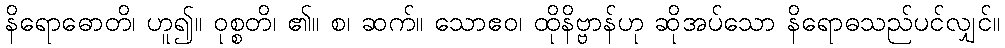
နိရောဓောတိ၊ ဟူ၍။ ဝုစ္စတိ၊ ၏။ စ၊ ဆက်။ သောဧဝ၊ ထိုနိဗ္ဗာန်ဟု ဆိုအပ်သော နိရောဓသည်ပင်လျှင်။